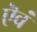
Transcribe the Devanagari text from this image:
ऎवं